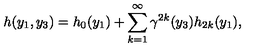
h ( y _ { 1 } , y _ { 3 } ) = h _ { 0 } ( y _ { 1 } ) + \sum _ { k = 1 } ^ { \infty } { \gamma } ^ { 2 k } ( y _ { 3 } ) h _ { 2 k } ( y _ { 1 } ) ,